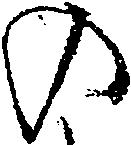
の